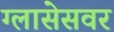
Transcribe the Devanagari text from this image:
ग्लासेसवर